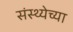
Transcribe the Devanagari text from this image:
संस्थ्येच्या